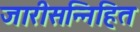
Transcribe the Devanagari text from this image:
जारीसन्निहित